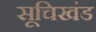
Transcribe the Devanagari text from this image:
सूचिखंड